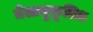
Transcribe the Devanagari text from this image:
तेलानुकूलित